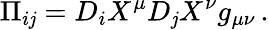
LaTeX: \Pi_{i\mathit{j}}=D_{i}X^{\mu}D_{\mathit{j}}X^{\nu}g_{\mu\nu}\, .